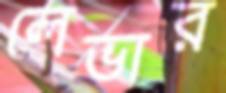
লেভার